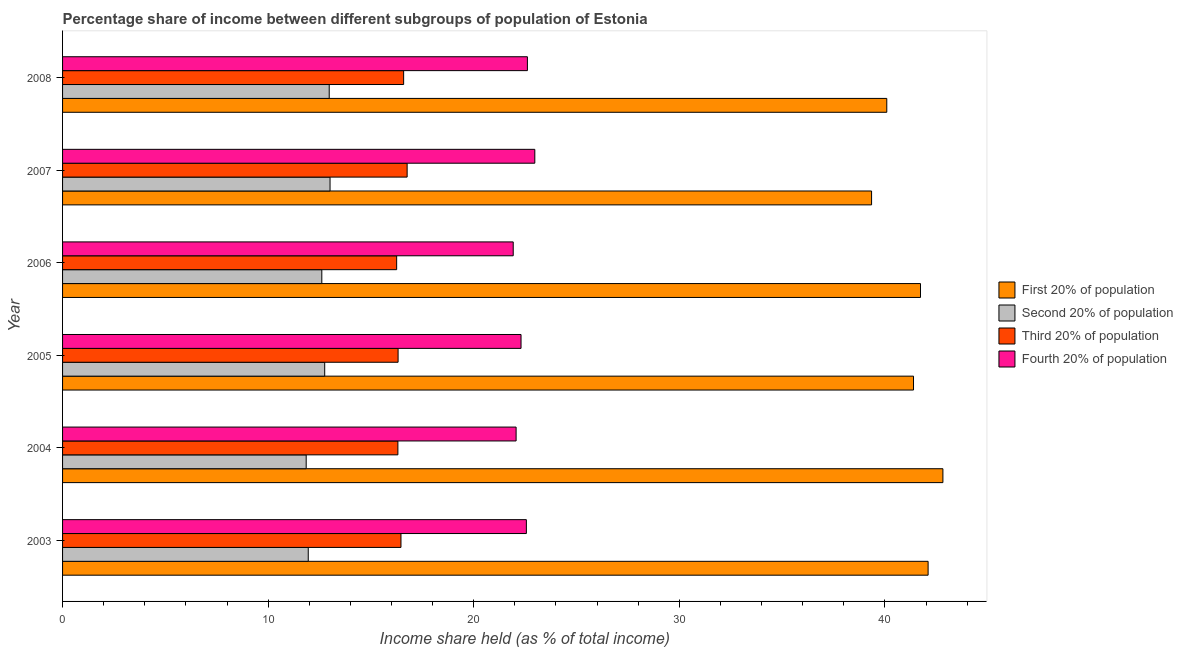
| Year | First 20% of population | Second 20% of population | Third 20% of population | Fourth 20% of population |
 | --- | --- | --- | --- | --- |
 | 2003 | 42.1 | 11.9 | 16.5 | 22.6 |
 | 2004 | 42.8 | 11.8 | 16.3 | 22.1 |
 | 2005 | 41.4 | 12.8 | 16.3 | 22.3 |
 | 2006 | 41.7 | 12.6 | 16.2 | 21.9 |
 | 2007 | 39.4 | 13 | 16.8 | 23 |
 | 2008 | 40.1 | 13 | 16.6 | 22.6 |